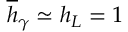
\overline { { h } } _ { \gamma } \simeq h _ { L } = 1